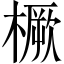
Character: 橛